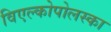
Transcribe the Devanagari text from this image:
विएल्कोपोलस्का